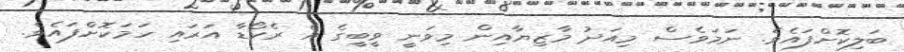
ބަލިކޮށްފައެވެ. ނަމަވެސް މިއަދު މާޒިޔާއިން މިވަނީ ވީބީގެ އެ ރެކޯޑާ އަރައި ހަމަކޮށްފައެވެ.